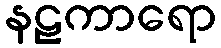
နဠကာရော